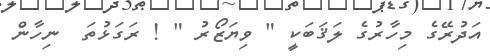
އަދުރޭގެ މިހާރުގެ ލަޤަބަކީ " ވިޔަޒޯރު " ! ރަގަޅުތަ  ނިހާން